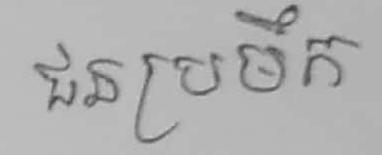
ជនប្រមឹក